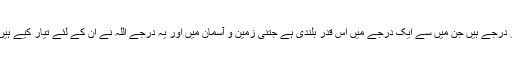
آپ نے فرمایا سنو جنت میں سو درجے ہیں جن میں سے ایک درجے میں اس قدر بلندی ہے جتنی زمین و آسمان میں اور یہ درجے اللہ نے ان کے لئے تیار کیے ہیں جو اس کی راہ میں جہاد کریں۔